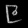
Digit: ၉